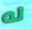
له